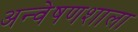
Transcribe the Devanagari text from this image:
अन्वेषणशाला